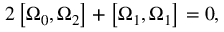
2 \left[ \Omega _ { 0 } , \Omega _ { 2 } \right] + \left[ \Omega _ { 1 } , \Omega _ { 1 } \right] = 0 ,